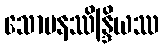
သောမနဿိန္ဒြိယဿ